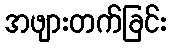
အဖျားတက်ခြင်း